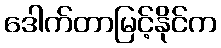
ဒေါက်တာမြင့်နိုင်က